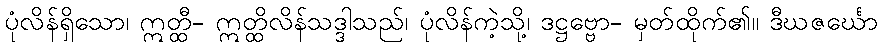
ပုံလိန်ရှိသော၊ ဣတ္ထီ- ဣတ္ထိလိန်သဒ္ဒါသည်၊ ပုံလိန်ကဲ့သို့၊ ဒဋ္ဌဗ္ဗော- မှတ်ထိုက်၏။ ဒီဃဇင်္ဃော